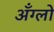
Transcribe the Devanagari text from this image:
अँग्लो